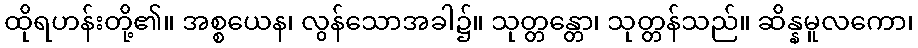
ထိုရဟန်းတို့၏။ အစ္စယေန၊ လွန်သောအခါ၌။ သုတ္တန္တော၊ သုတ္တန်သည်။ ဆိန္နမူလကော၊